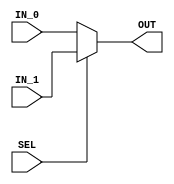
module mux2X1  (

 input   wire                  IN_0,
 input   wire                  IN_1,
 input   wire                  SEL,
 output  wire                  OUT 

 );

 
assign OUT = SEL ? IN_1 : IN_0 ;
 
 
endmodule